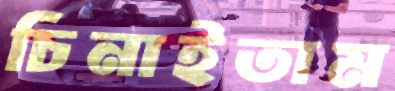
চিনাইতাম